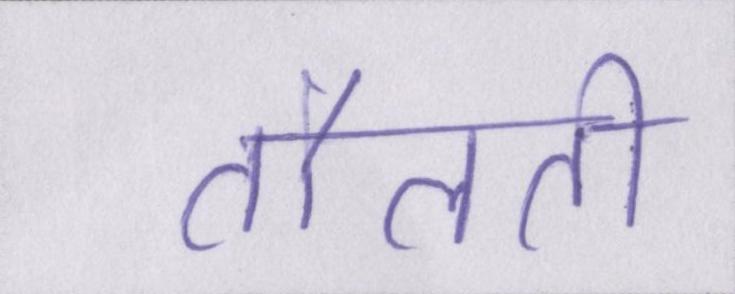
तौलती